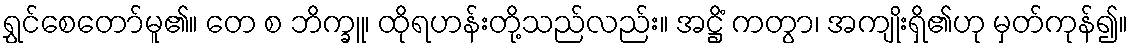
ရွှင်စေတော်မူ၏။ တေ စ ဘိက္ခူ၊ ထိုရဟန်းတို့သည်လည်း။ အဋ္ဌိံ ကတွာ၊ အကျိုးရှိ၏ဟု မှတ်ကုန်၍။